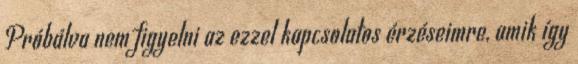
Próbálva nem figyelni az ezzel kapcsolatos érzéseimre, amik így